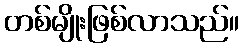
တစ်မျိုးဖြစ်လာသည်။